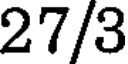
27/3